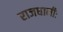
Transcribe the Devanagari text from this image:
राजधानीः